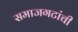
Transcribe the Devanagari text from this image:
समाजगटांची